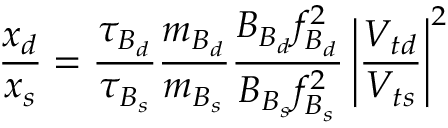
\frac { x _ { d } } { x _ { s } } = \frac { \tau _ { B _ { d } } } { \tau _ { B _ { s } } } \frac { m _ { B _ { d } } } { m _ { B _ { s } } } \frac { B _ { B _ { d } } f _ { B _ { d } } ^ { 2 } } { B _ { B _ { s } } f _ { B _ { s } } ^ { 2 } } \left| \frac { V _ { t d } } { V _ { t s } } \right| ^ { 2 }